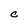
Character: C